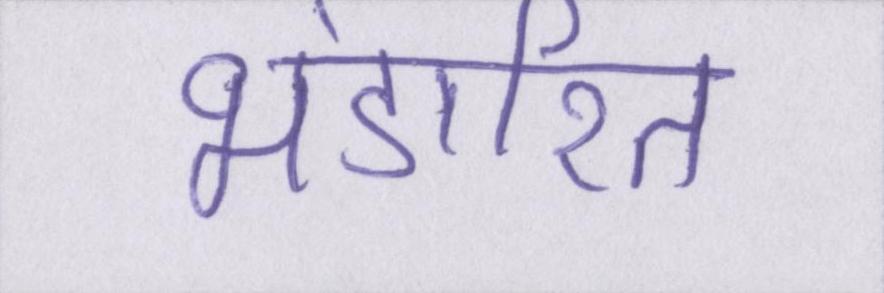
भंडारित